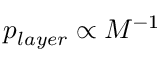
p _ { l a y e r } \propto M ^ { - 1 }